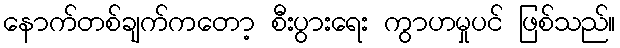
နောက်တစ်ချက်ကတော့ စီးပွားရေး ကွာဟမှုပင် ဖြစ်သည်။